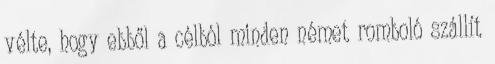
vélte, hogy ebből a célból minden német romboló szállít